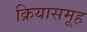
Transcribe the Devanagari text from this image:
क्रियासमूह